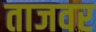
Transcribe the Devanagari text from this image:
ताजवर